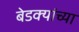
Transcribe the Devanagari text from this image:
बेडक्यांच्या